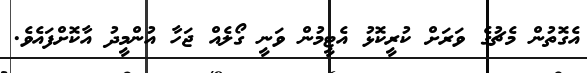
އެގޮތުން މެޗުގެ ވަރަށް ކުރީކޮޅު އެޓީމުން ވަނީ ގޯލެއް ޖަހާ އުންމީދު އާކޮށްފައެވެ.